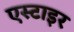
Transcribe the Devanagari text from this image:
एस्टाइर